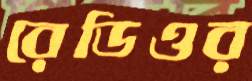
রেডিওর